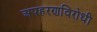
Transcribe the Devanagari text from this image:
अपहरणविरोधी